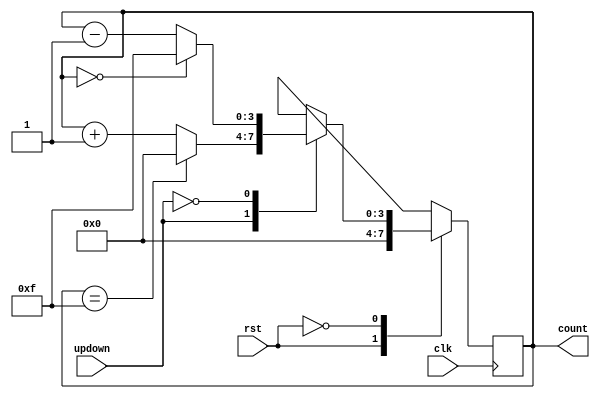
module mod_N_up_down_counter #(parameter N=16,b=4)(
    input clk,rst,updown,
    output reg [(b-1):0] count
    );
	 
	 always @ (posedge clk)
	 
	 begin
	 case(rst)
	 1: count= 4'b0000;
	 
	 0: case(updown)
	        1: if(count==(N-1))
			      begin 
					count=4'b0000;
					end
					else
					begin
					count=count+1;
					end
					
				0:  if (count==0)	
				    begin 
					count=(N-1);
					end
					else
					begin
					count=count-1;
					end
					endcase
					
		endcase
	 end
endmodule